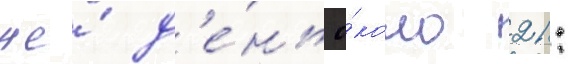
же́ д'е́нь о́коло 21: